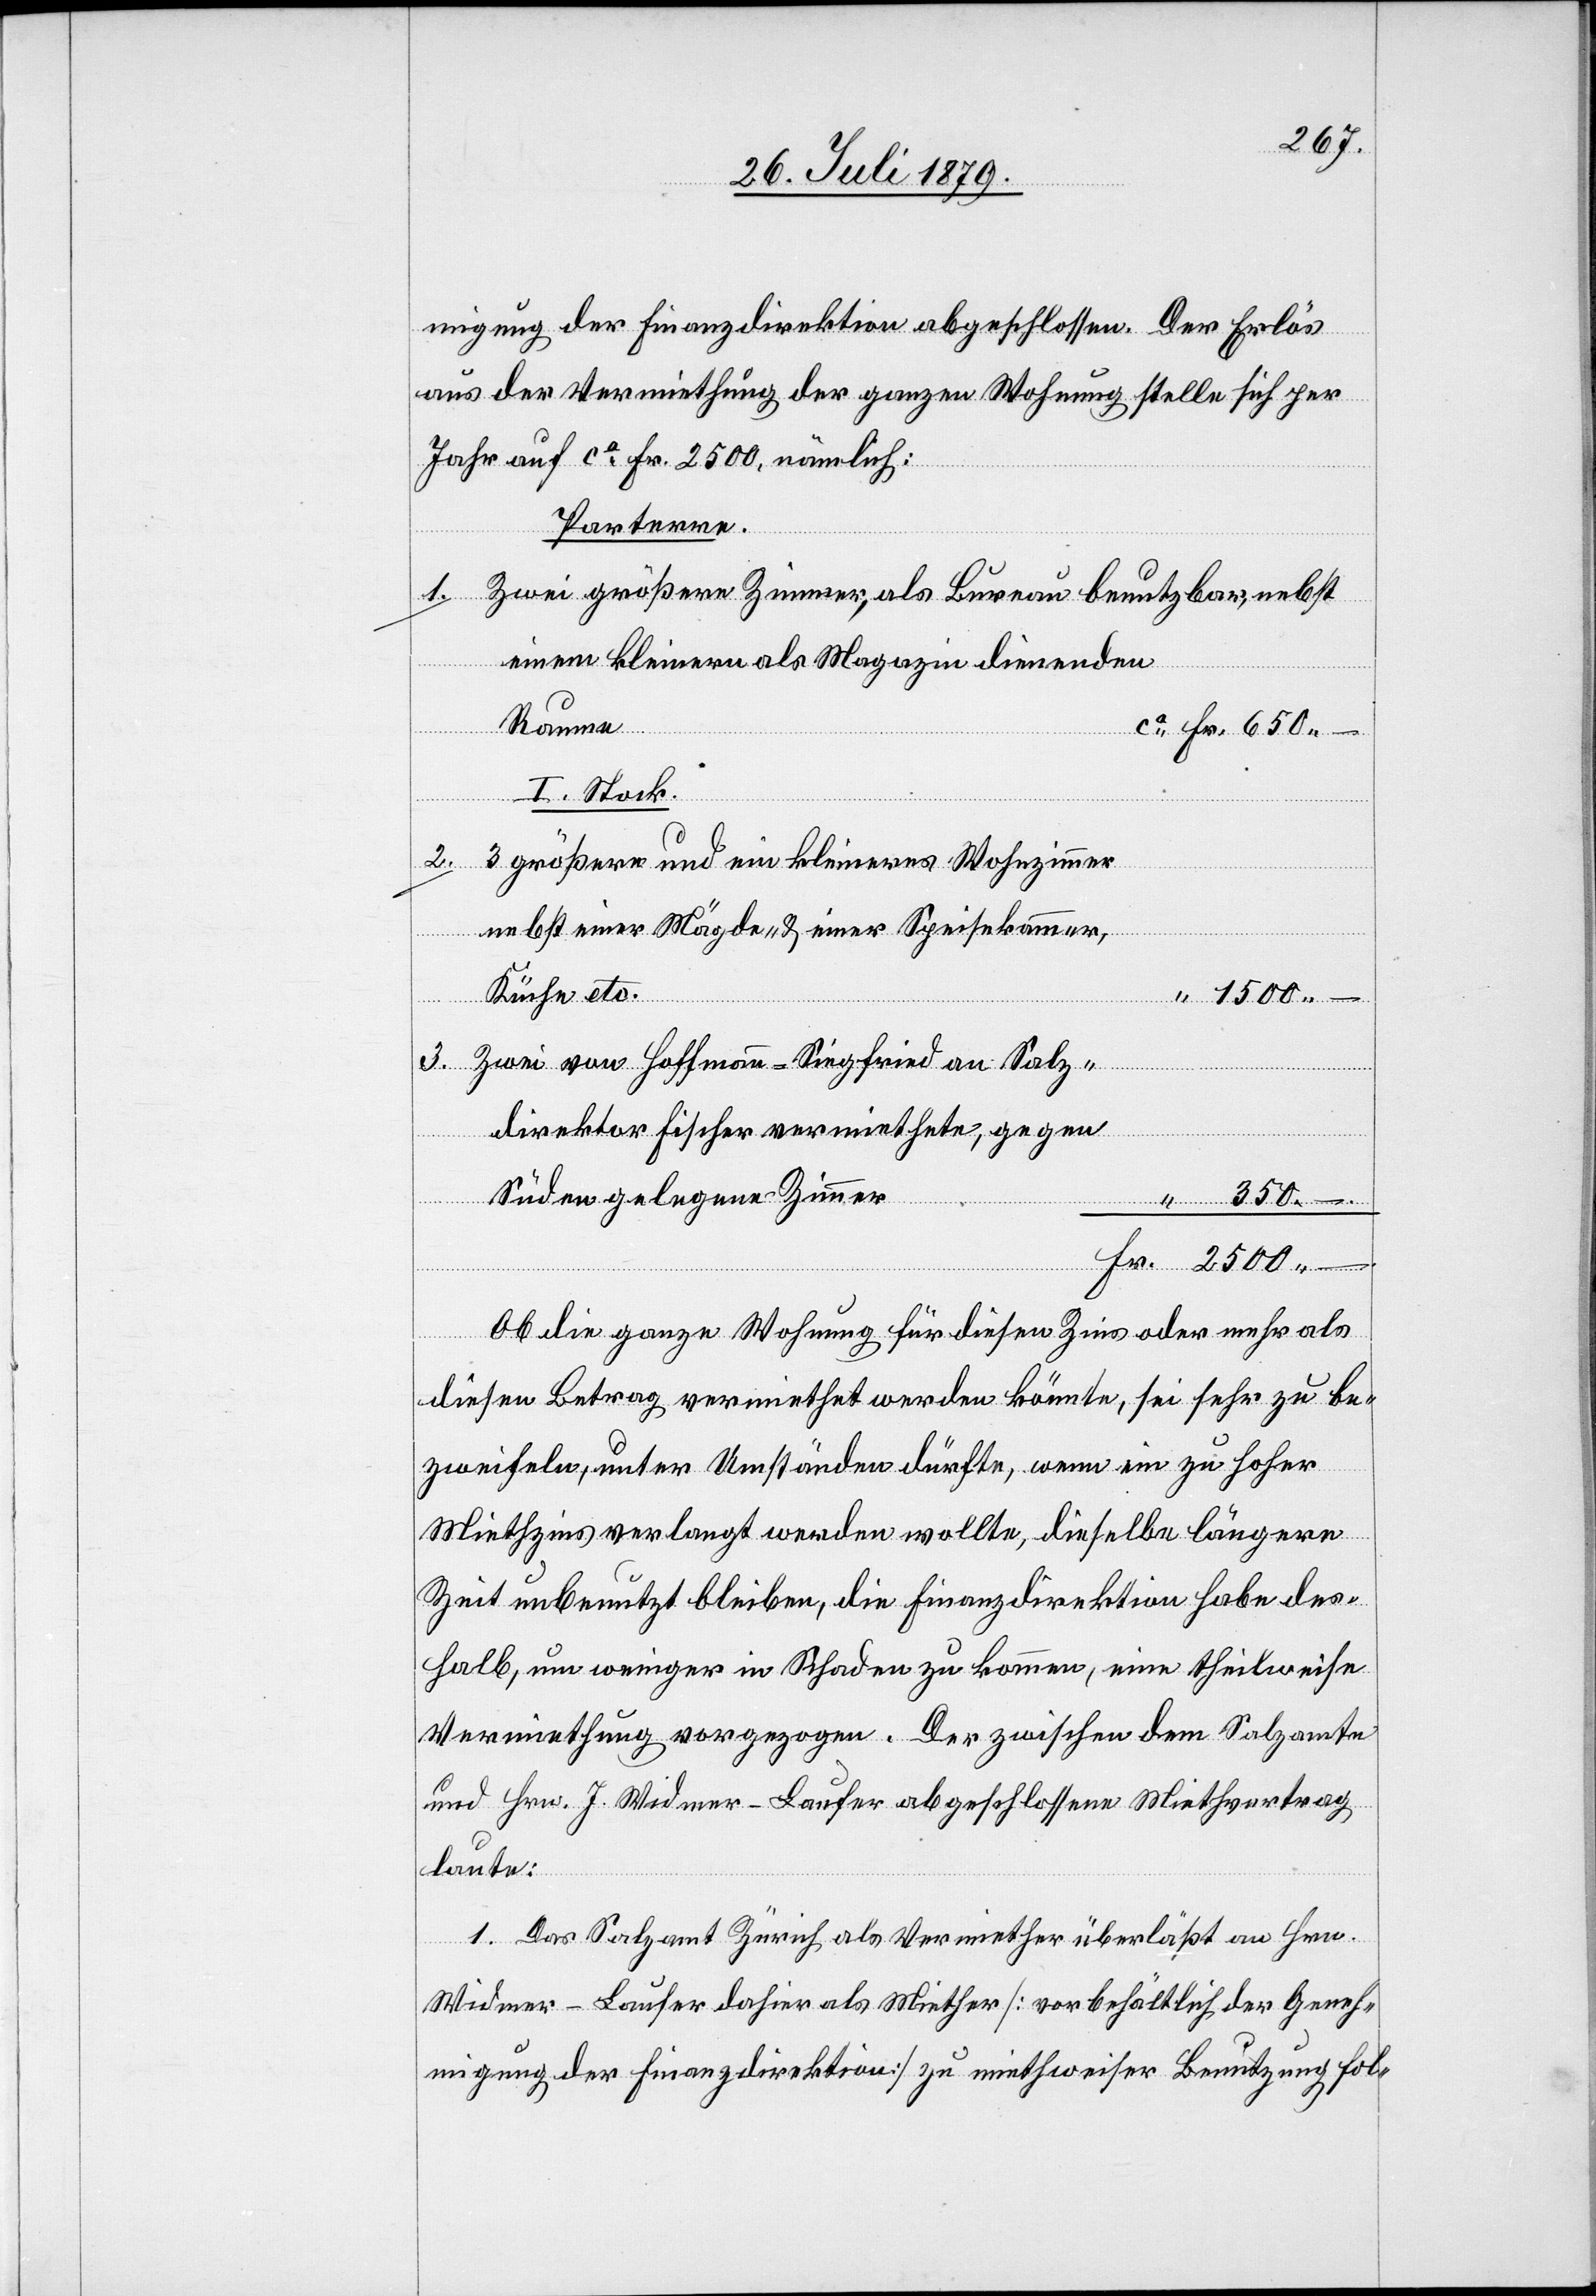
migung der Finanzdirektion abgeschlossen. Der Erlös
aus der Vermiethung der ganzen Wohnung stelle sich per
Jahr auf ca Fr. 2500, nämlich:
Parterre.
Zwei größere Zimmer, als Bureau benutzbar, nebst
“
einem kleinern als Magazin dienenden
Raume
I. Stock
3 größere und ein kleineres Wohnzimmer
nebst einer Mägde- & einer Speisekammer,
ca
Fr.
Küche etc.
2500.–
Zwei von Hoffmann-Siegfried an Salz¬
direktor Fischer vermiethete, gegen
Süden gelegene Zimmer
Ob die ganze Wohnung für diesen Zins oder mehr als
diesen Betrag vermiethet werden könnte, sei sehr zu be¬
zweifeln, unter Umständen dürfte, wenn ein zu hoher
Mietzhins verlangt werden wollte, dieselbe längere
Zeit unbenutzt bleiben, die Finanzdirektion habe des¬
halb, um weniger in Schaden zu kommen, eine theilweise
Vermiethung vorgezogen. Der zwischen dem Salzamte
und Hrn. J. Widmer-Laufer abgeschlossene Miethvertrag
laute:
1. Das Salzamt Zürich als Vermiether überläßt an Hrn.
Widmer-Laufer dahier als Miether [vorbehältlich der Geneh¬
migung der Finanzdirektion] zu miethweiser Benutzung fol-